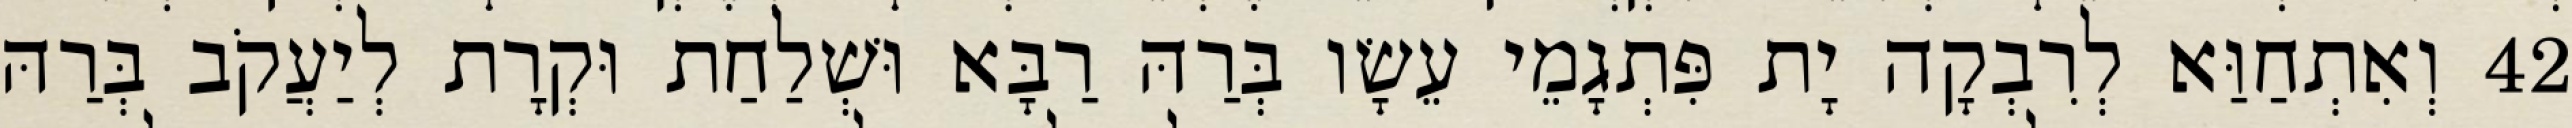
42 וְאִתְחַוַּא לְרִבְקָה יָת פִּתְגָמֵי עֵשָׂו בְּרַהּ רַבָּא וּשְׁלַחַת וּקְרָת לְיַעֲקֹב בְּרַהּ